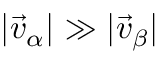
| \vec { v } _ { \alpha } | \gg | \vec { v } _ { \beta } |